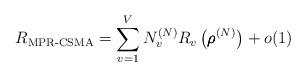
LaTeX: \begin{align*}R_{\textup{MPR-CSMA}} = \sum_{v = 1}^V N_v^{(N)} R_v\left( \pmb{\rho}^{(N)} \right) + o(1)\end{align*}